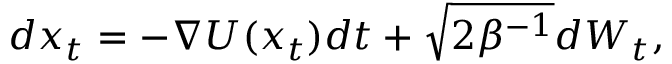
d x _ { t } = - \nabla U ( x _ { t } ) d t + \sqrt { 2 \beta ^ { - 1 } } d W _ { t } ,